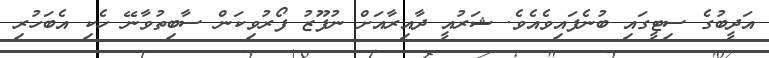
އަދީބުގެ ސިޓީގައި ބުނެފައިވެއެވެ. ޝަރުއީ ދާއިރާއަށް ނުފޫޒު ފޯރުވިކަން ސާބިތުވާނޭ ހެކި އެބަހުރި